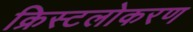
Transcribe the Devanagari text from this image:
क्रिस्टलोकरण